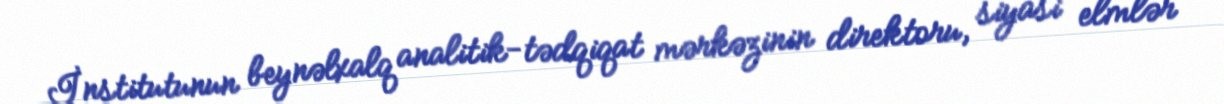
İnstitutunun beynəlxalq analitik-tədqiqat mərkəzinin direktoru, siyasi elmlər